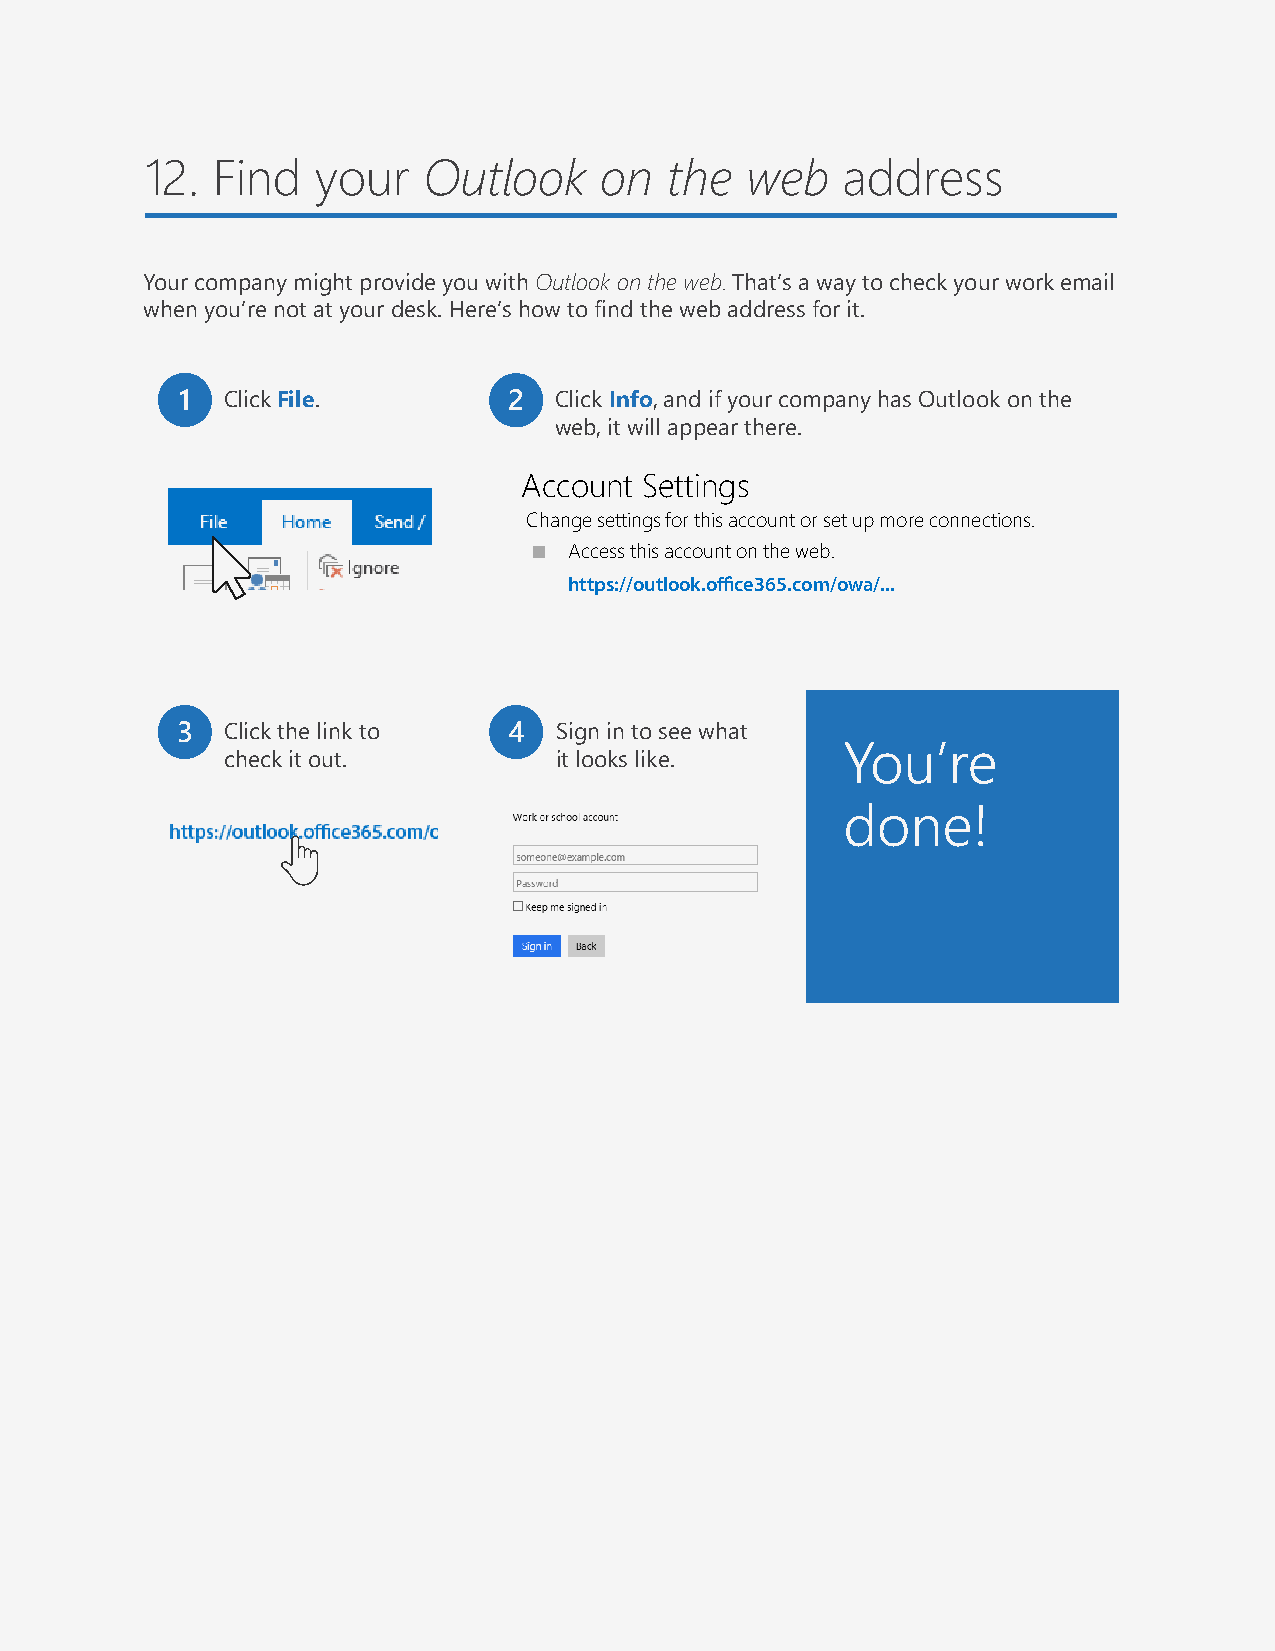
12. Find   your   Outlook     on  the  web    address
 Your company might provide you with Outlook on the web. That’s a way to check your work email
 when you’re not at your desk. Here’s how to find the web address for it.
 1  Click File.        2  Click Info, and if your company has Outlook on the
 web, it will appear there.
 Account Settings
 Change settings for this account or set up more connections.
 Access this account on the web.
 https://outlook.office365.com/owa/...
 3  Click the link to  4  Sign in to see what
 check it out.         it looks like.     You’re
 done!